65_HS1-834228961_62-HQ-83894_Serial_153
Agency: FBI
Page 2
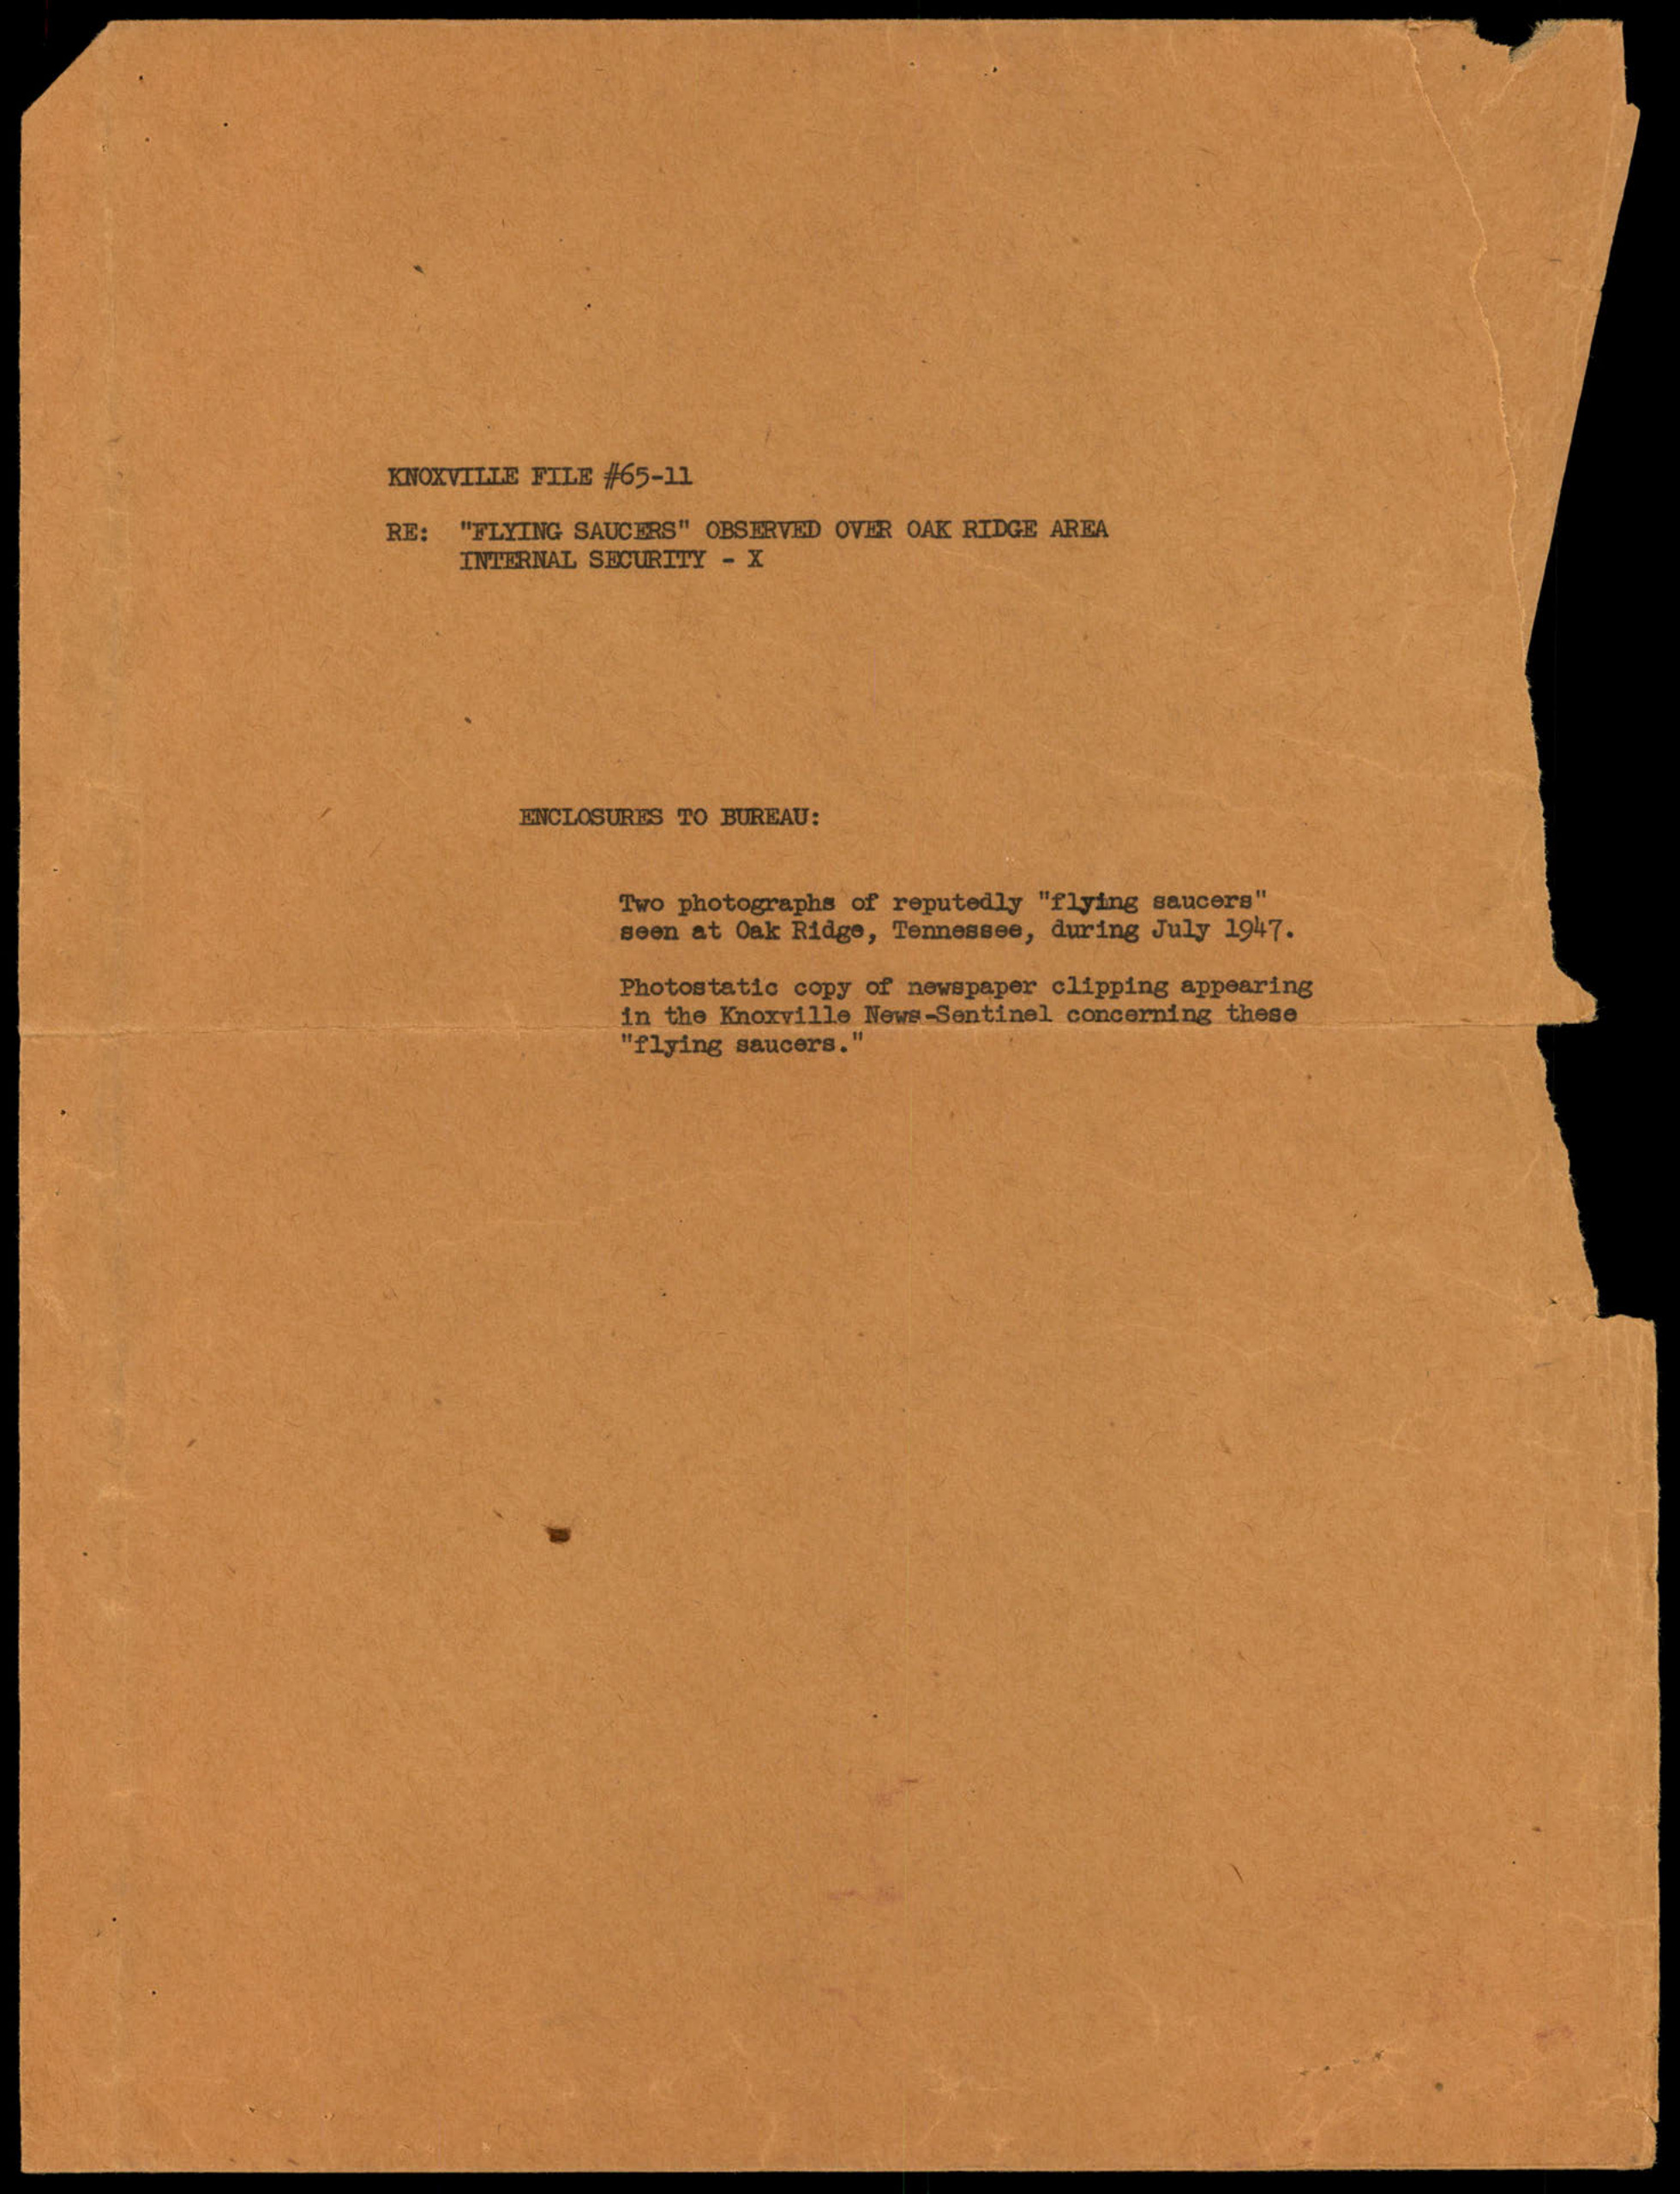